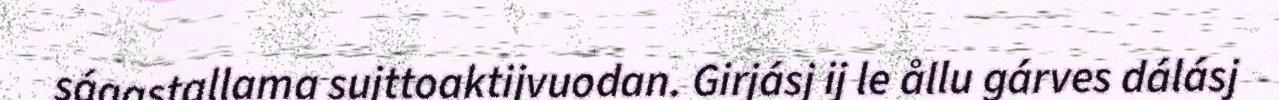
ságastallama sujttoaktijvuodan. Girjásj ij le ållu gárves dálásj